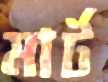
মার্ট